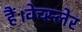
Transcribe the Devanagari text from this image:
हैं।वेच्स्लेर